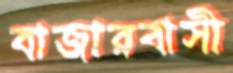
বাজারবাসী